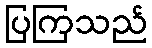
ပြကြသည်